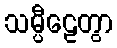
သမ္ပီဠေတွာ